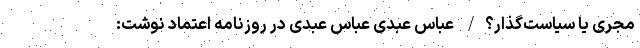
مجری یا سیاست‌گذار؟/ عباس عبدی عباس عبدی در روزنامه اعتماد نوشت: